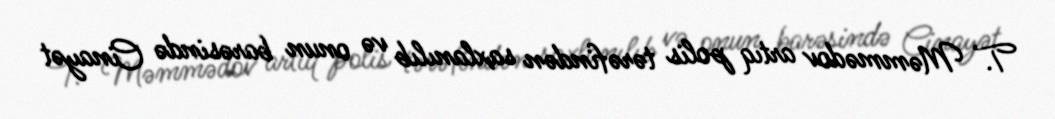
T. Məmmədov artıq polis tərəfindən saxlanılıb və onun barəsində Cinayət